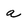
Character: a